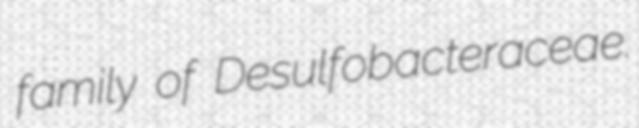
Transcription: family of Desulfobacteraceae.